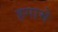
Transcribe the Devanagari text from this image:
हगामे